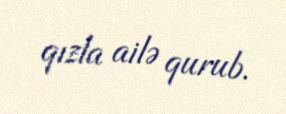
qızla ailə qurub.